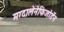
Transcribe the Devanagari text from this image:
मग्दालेनेफिजोर्डेन